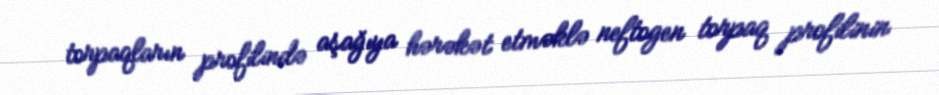
torpaqların profilində aşağıya hərəkət etməklə neftogen torpaq profilinin